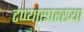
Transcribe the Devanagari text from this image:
टप्प्यासारख्या